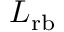
L _ { \mathrm { r b } }